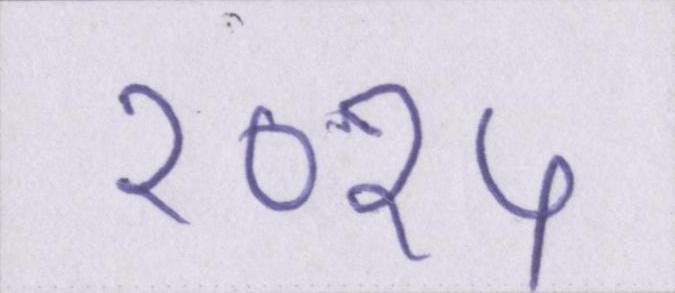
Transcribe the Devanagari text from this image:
२०१५